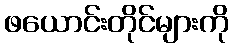
ဖယောင်းတိုင်များကို